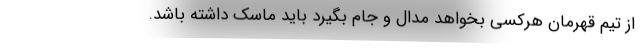
از تیم قهرمان هرکسی بخواهد مدال و جام بگیرد باید ماسک داشته باشد.